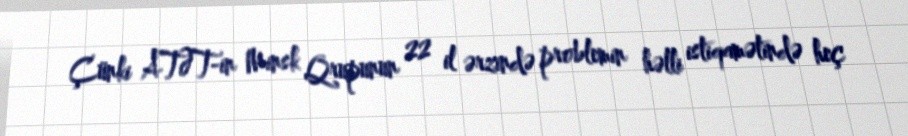
Çünki ATƏT-in Minsk Qrupunun 22 il ərzində problemin həlli istiqamətində heç